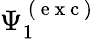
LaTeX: \Psi_{1}^{\mathrm{~(~e~x~c~)~}}